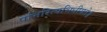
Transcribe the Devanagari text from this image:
पत्तिरित्यभिधीयते॥